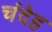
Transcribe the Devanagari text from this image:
चंदेह